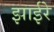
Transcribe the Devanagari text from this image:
झाईरे